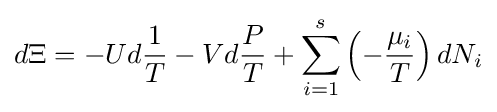
d\Xi =-Ud{\frac {1}{T}}-Vd{\frac {P}{T}}+\sum _{i=1}^{s}\left(-{\frac {\mu _{i}}{T}}\right)dN_{i}